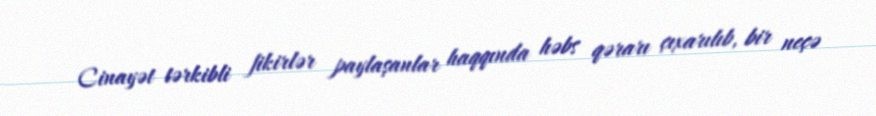
Cinayət tərkibli fikirlər paylaşanlar haqqında həbs qərarı çıxarılıb, bir neçə